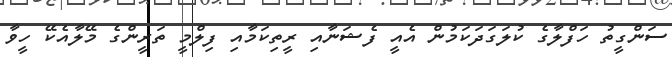
ސަންގީތު ހަފްލާގެ ކުލަގަދަކަމުން އެއީ ފެޝަނާއި ރީތިކަމާއި ފިލްމީ ތަރީންގެ މޭލާއެކޭ ހީވާ